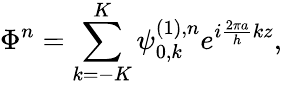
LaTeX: \displaystyle\Phi^{n}=\sum_{k=-K}^{K}\psi_{0,k}^{(1),n}e^{i\frac{2\pi a}{h}kz},